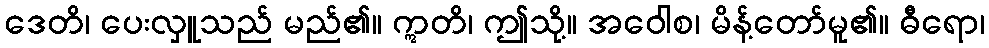
ဒေတိ၊ ပေးလှူသည် မည်၏။ ဣတိ၊ ဤသို့။ အဝေါစ၊ မိန့်တော်မူ၏။ ဓီရော၊